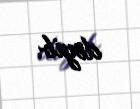
deyib.